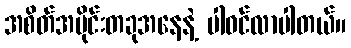
အစိတ်အပိုင်းတခုအနေနဲ့ ပါဝင်လာပါတယ်။